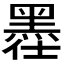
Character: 𪐾